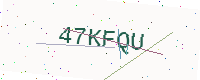
Text: 47KFQU